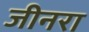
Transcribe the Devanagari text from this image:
जीनरा